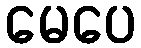
မေပေ